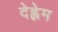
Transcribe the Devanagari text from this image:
देह्लेम